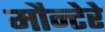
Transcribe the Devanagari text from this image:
मौन्टेरे